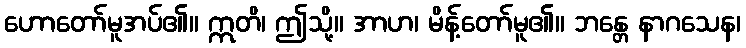
ဟောတော်မူအပ်၏။ ဣတိ၊ ဤသို့။ အာဟ၊ မိန့်တော်မူ၏။ ဘန္တေ နာဂသေန၊